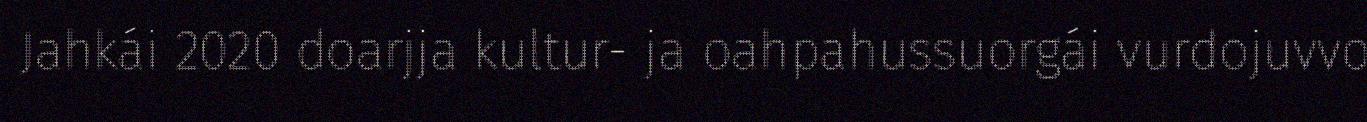
Jahkái 2020 doarjja kultur- ja oahpahussuorgái vurdojuvvo